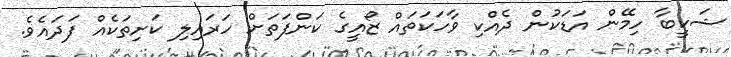
ޝަކީބާ ހިމޭން އަޑަކުން ދެއްކި ވާހަކަތައް ޒޯއީގެ ކަންފަތަށް ހަރައިލި ކަށިތަކެއް ފަދައެވެ.